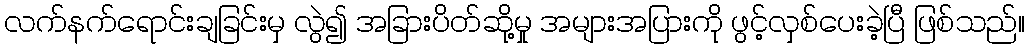
လက်နက်ရောင်းချခြင်းမှ လွဲ၍ အခြားပိတ်ဆို့မှု အများအပြားကို ဖွင့်လှစ်ပေးခဲ့ပြီ ဖြစ်သည်။